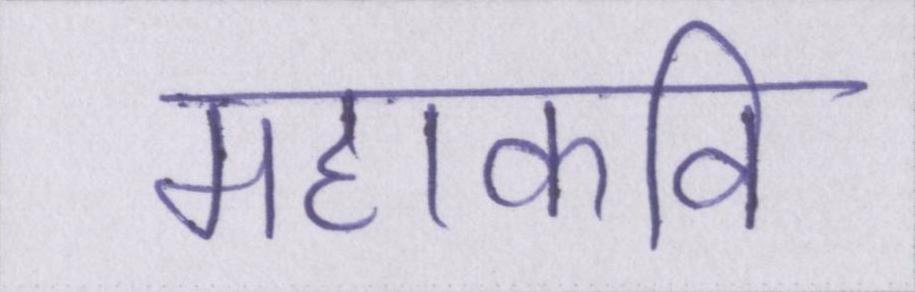
महाकवि